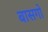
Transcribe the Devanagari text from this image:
बासगो